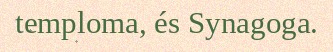
temploma, és Synagoga.